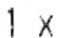
1X